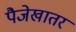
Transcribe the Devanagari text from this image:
पैजेखातर